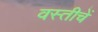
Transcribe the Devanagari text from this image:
वस्तीचें